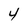
Character: 4